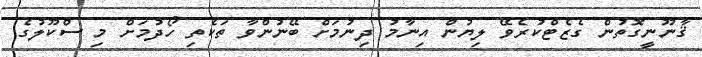
ޤާނޫނީގޮތުން ގެޒެޓްކުރެވޭ ލިޔުން އިނާމު ދިނުމަށް ބޭނުންވާ ތަކެތި ހޯދުމަށް މި ސްކޫލުގެ